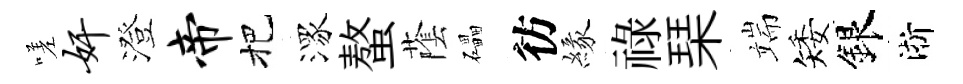
嗟奸澄帝把潈螯䕃礧彷緣祿琹端矮銀淅